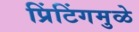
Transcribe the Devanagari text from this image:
प्रिंटिंगमुळे